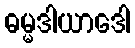
ဓမ္မဒါယာဒေါ